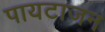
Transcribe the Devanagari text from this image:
पायटाजन